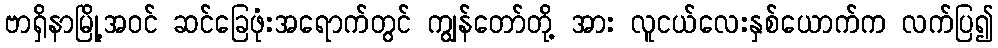
ဗာရှိနာမြို့အဝင် ဆင်ခြေဖုံးအရောက်တွင် ကျွန်တော်တို့ အား လူငယ်လေးနှစ်ယောက်က လက်ပြ၍